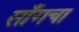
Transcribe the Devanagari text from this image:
साँगचा